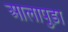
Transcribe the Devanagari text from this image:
आलापुड़ा